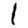
Digit: 1